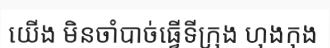
យើង មិនចាំបាច់ធ្វើទីក្រុង ហុងកុង